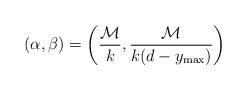
LaTeX: \begin{align*}(\alpha,\beta)=\left(\frac{\mathcal{M}}{k}, \frac{\mathcal{M}}{k(d-y_{\max})}\right)\end{align*}